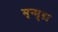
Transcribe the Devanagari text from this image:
मृन्मुद्रा